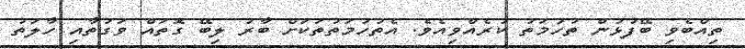
ތިއްބެވި ބޭފުޅުން ތުހުމަތު ކުރެއްވިއެވެ. އެތުހުމަތުތަކަށް ބާރު ލިބޭ ގޮތައް ވަގުތާއި ހާލަތު